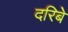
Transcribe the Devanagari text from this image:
दरिबे